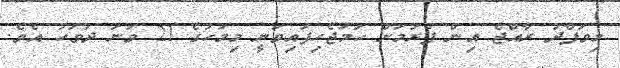
މިވަފްދު ރާއްޖެ އިން ފުރުމަށް ހަމަޖެހިފައިވަނީ މިމަހުގެ 21 ވަނަ ދުވަހު އެވެ.